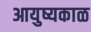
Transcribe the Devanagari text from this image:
आयुष्यकाळ